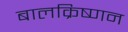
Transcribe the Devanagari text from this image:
बालक्रिष्णन